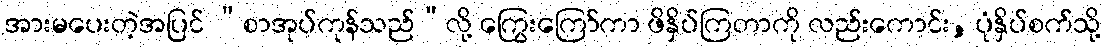
အားမပေးတဲ့အပြင် “စာအုပ်ကုန်သည်”လို့ ကြွေးကြော်ကာ ဖိနှိပ်ကြတာကို လည်းကောင်း, ပုံနှိပ်စက်သို့